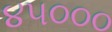
૪૫૦૦૦